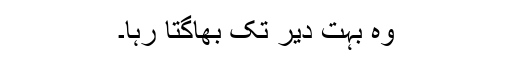
وہ بہت دیر تک بھاگتا رہا۔